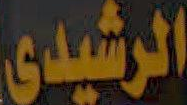
الرشيدي